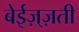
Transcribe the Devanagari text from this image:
बेईज़्ज़ती